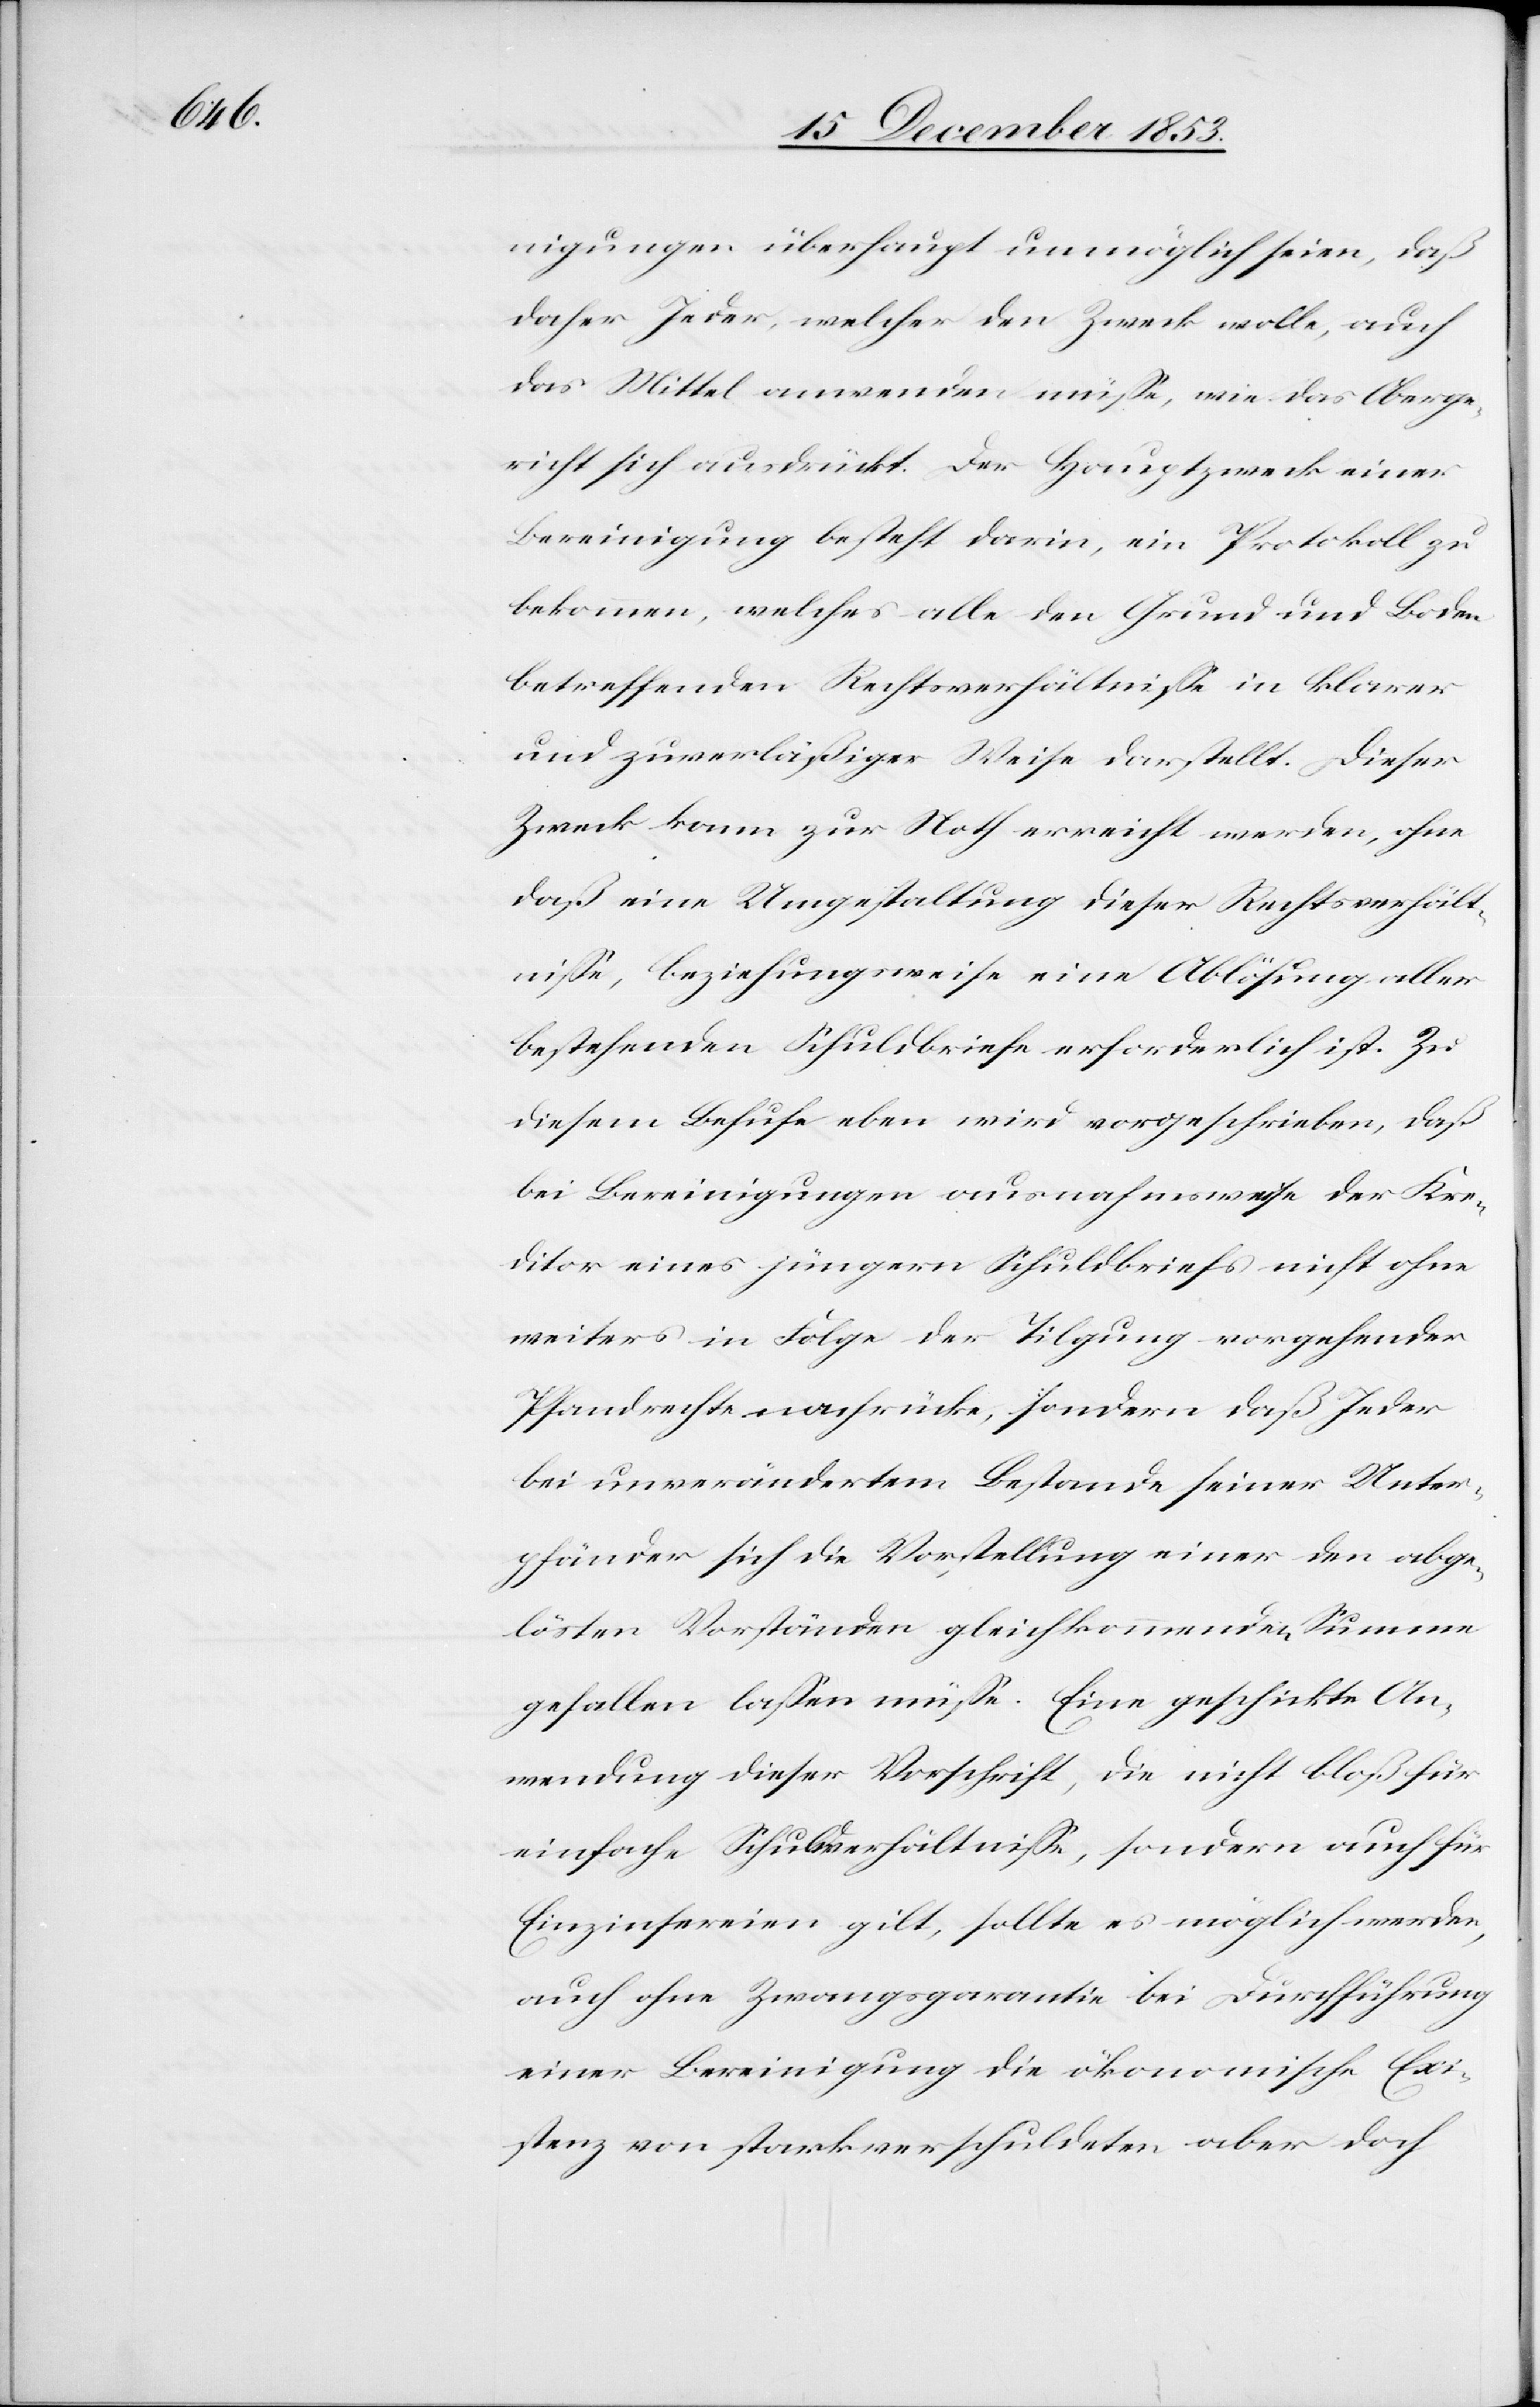
nigungen überhaupt unmöglich seien, daß
daher Jeder, welcher den Zweck wolle, auch
das Mittel anwenden müße, wie das Oberge¬
richt sich ausdrückt. Der Hauptzweck einer
Bereinigung besteht darin, ein Protokoll zu
bekommen, welches alle den Grund und Boden
betreffenden Rechtsverhältniße in klarer
und zuverläßiger Weise darstellt. Dieser
Zweck kann zur Noth erreicht werden, ohne
daß eine Umgestaltung dieser Rechtsverhält¬
niße, beziehungsweise eine Ablösung aller
bestehenden Schuldbriefe erforderlich ist. Zu
diesem Behufe eben wird vorgeschrieben, daß
bei Bereinigungen ausnahmsweise der Kre¬
ditor eines jüngern Schuldbriefs nicht ohne
weiters in Folge der Tilgung vorgehender
Pfandrechte nachrücke, sondern daß Jeder
bei unverändertem Bestande seiner Unter¬
pfänder sich die Vorstellung einer den abge¬
lösten Vorständen gleichkommend[en] Summe
gefallen laßen müße. Eine geschickte An¬
wendung dieser Vorschrift, die nicht bloß für
einfache Schuldverhältniße, sondern auch für
Einzinsereien gilt, sollte es möglich werden,
auch ohne Zwangsgarantie bei Durchführung
einer Bereinigung die ökonomische Exi¬
stenz von stark verschuldeten aber doch